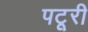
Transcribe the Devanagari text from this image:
पटूरी